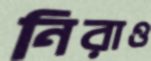
নিরাও